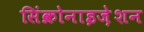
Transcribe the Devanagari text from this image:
सिंक्रोनाइज़ेशन